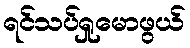
ရင်သပ်ရှုမောဖွယ်